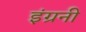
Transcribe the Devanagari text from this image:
इंग्रनी